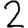
Digit: 2